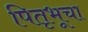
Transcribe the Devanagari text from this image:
पितृभूचा